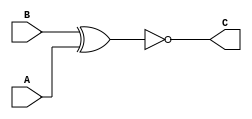
`timescale 1ns / 1ps
//////////////////////////////////////////////////////////////////////////////////

// description: behavior of xnorGATE
//////////////////////////////////////////////////////////////////////////////////


module XNOR_GATE(
    input A,
    input B,
    output C
    );
    xnor(C, B, A);
endmodule